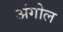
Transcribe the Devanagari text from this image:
अंगोल